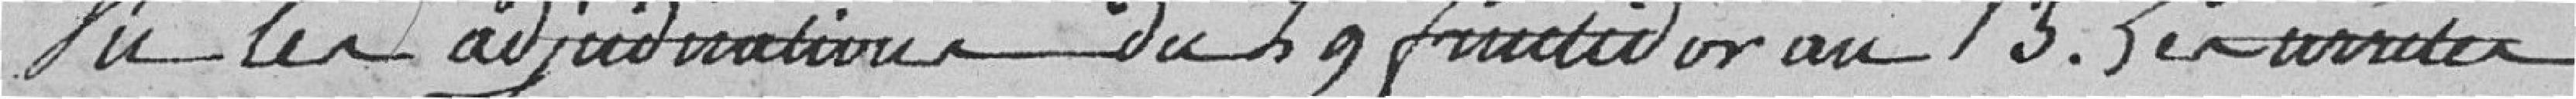
Vu les adjudications du 29 fructidor au 13. Les arrêtés